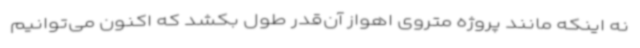
نه اینکه مانند پروژه متروی اهواز آن‌قدر طول بکشد که اکنون می‌توانیم